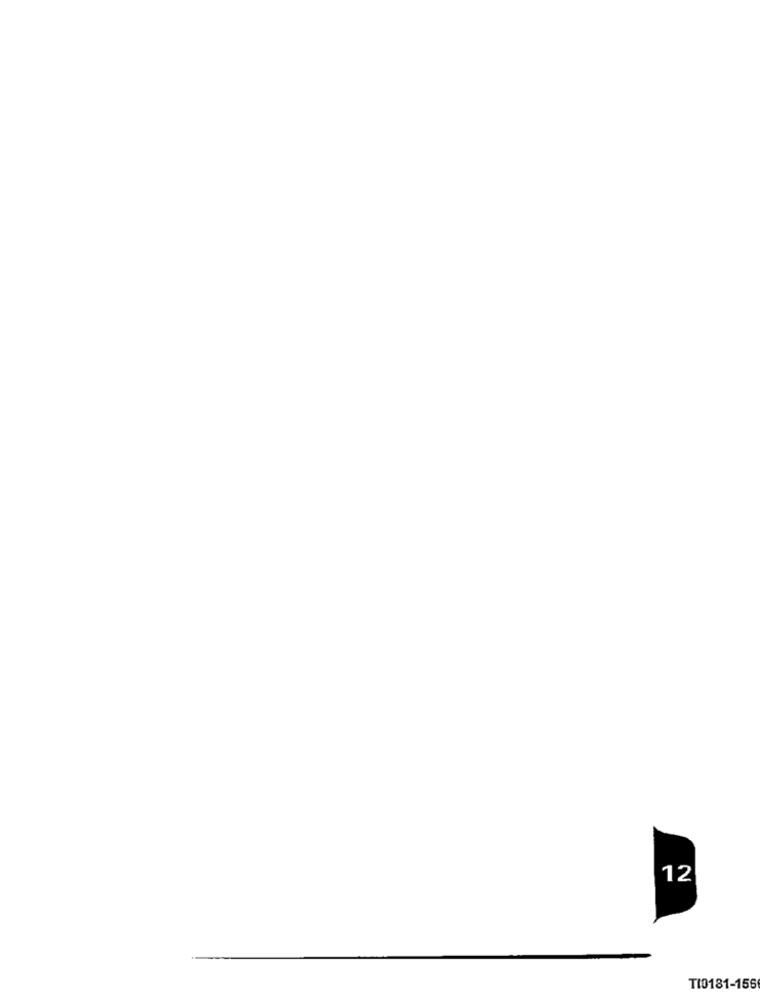
12
TI0181-156